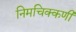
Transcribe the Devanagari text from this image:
निमचिक्कणी